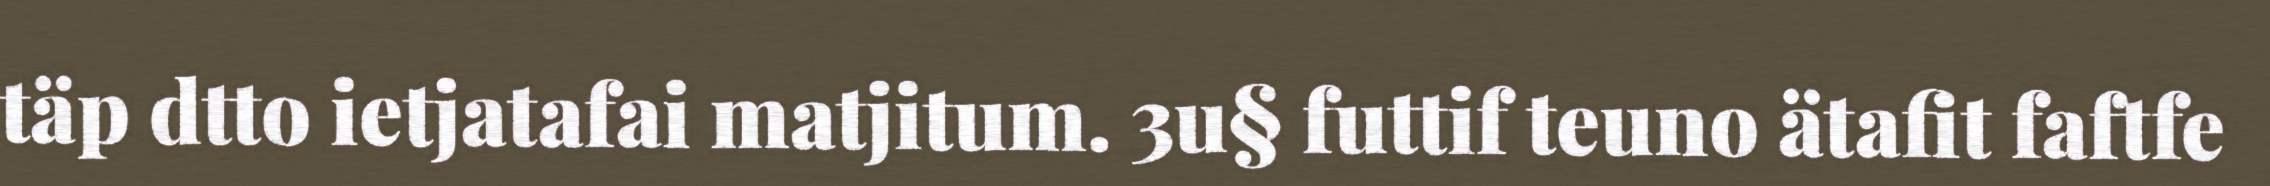
täp dtto ietjatafai matjitum. 3u§ futtif teuno ätafit faftfe